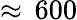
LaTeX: \approx\, 600